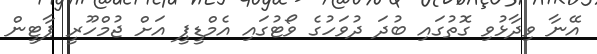
އޭނާ ވިދާޅުވި ގޮތުގައި ބުދަ ދުވަހުގެ ވޯޓުގައި އެމްޑީޕީ އަށް ޖުމްހޫރީ ޕާޓީން